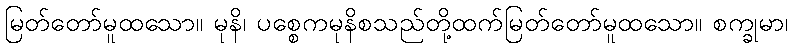
မြတ်တော်မူထသော။ မုနိ၊ ပစ္စေကမုနိစသည်တို့ထက်မြတ်တော်မူထသော။ စက္ခုမာ၊